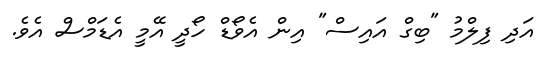
އަދި ފިލްމު "ބިގް އައިސް" އިން އެވޯޑް ހޯދީ އޭމީ އެޑަމްސް އެވެ.